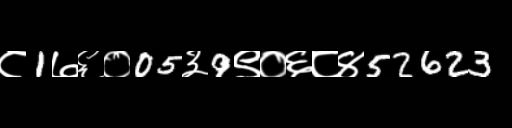
Text: ८1७६०05३9९०६८४52623